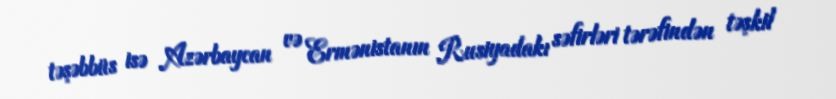
təşəbbüs isə Azərbaycan və Ermənistanın Rusiyadakı səfirləri tərəfindən təşkil